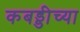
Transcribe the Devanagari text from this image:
कबड्डीच्या